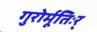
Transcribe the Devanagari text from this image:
गुरोर्मूतिःर्